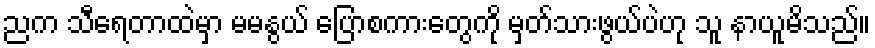
ညက သီရေတာထဲမှာ မမနွယ် ပြောစကားတွေကို မှတ်သားဖွယ်ပဲဟု သူ နာယူမိသည်။